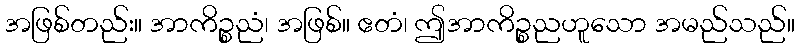
အဖြစ်တည်း။ အာကိဉ္စညံ၊ အဖြစ်။ ဧတံ၊ ဤအာကိဉ္စညဟူသော အမည်သည်။